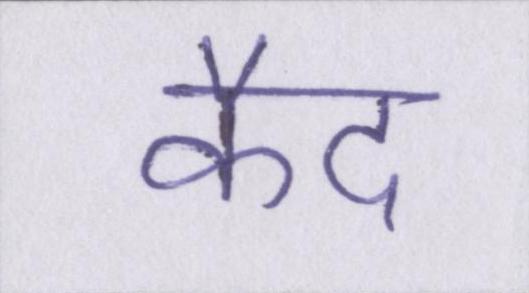
कैद